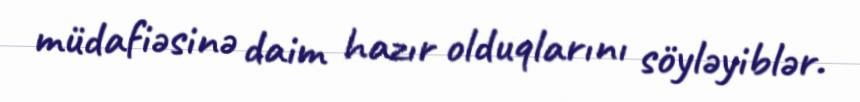
müdafiəsinə daim hazır olduqlarını söyləyiblər.